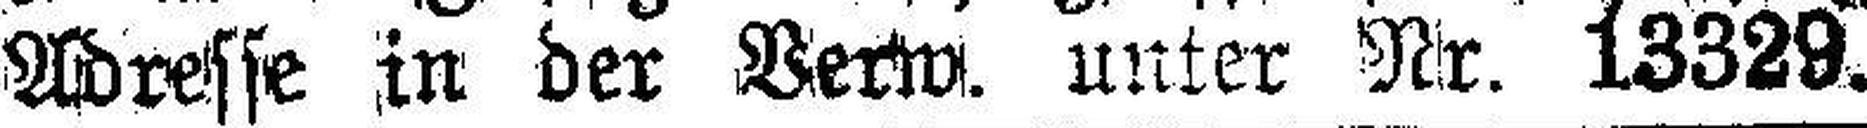
Adresse in er Verw. unter Nr. 13329.